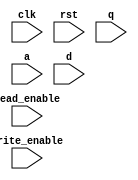
`timescale 1ns/1ns

module RAM (clk, rst, q, a, d, write_enable, read_enable);

    input clk,rst;
    input write_enable, read_enable;
    input [7:0] q,d;
    input [5:0] a;

    reg [7:0] qtemp;
    reg [7:0] mem [63:0];

    integer i;

    always@(posedge clk)
    begin
        if(rst)
            begin
                for(i=0; i < 64; i= i+1)
                mem[i] <= {(8){1'b0}};
            end 

        else if(write_enable == 1'b1)
            mem[a] <= d;
    end

    always@(*)
    begin
        if(read_enable == 1'b1)
            qtemp <= mem[a];
        else
            qtemp <= {(8){1'b0}};
    end

endmodule